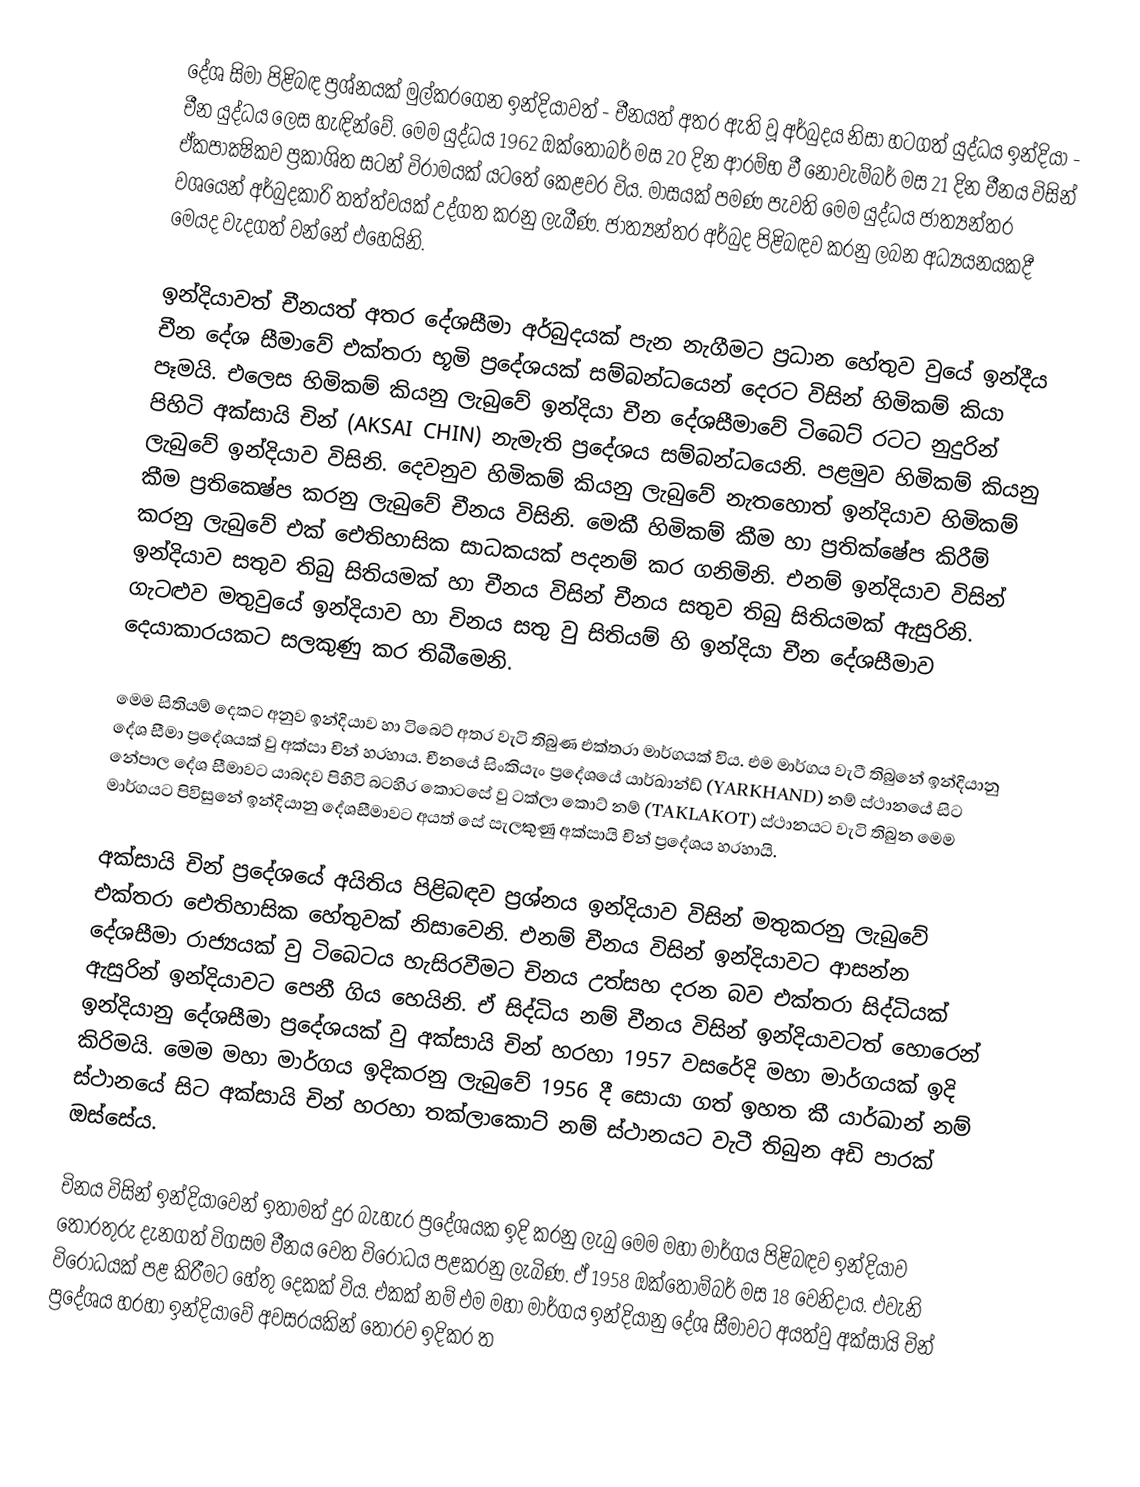
දේශ සිමා පිළිබඳ ප්‍රශ්නයක් මුල්කරගෙන ඉන්දියාවත් - චීනයත් අතර ඇති වූ අර්බුදය නිසා හටගත් යුද්ධය ඉන්දියා - චීන යුද්ධය ලෙස හැඳින්වේ. මෙම යුද්ධය 1962 ඔක්තෝබර් මස 20 දින ආරම්භ වී නොවැම්බර් මස 21 දින චීනය විසින් ඒකපාක්‍ෂිකව ප්‍රකාශිත සටන් විරාමයක් යටතේ කෙළවර විය. මාසයක් පමණ පැවති මෙම යුද්ධය ජාත්‍යන්තර වශයෙන් අර්බුදකාරි තත්ත්වයක් උද්ගත කරනු ලැබීණ. ජාත්‍යන්තර අර්බුද පිළිබඳව කරනු ලබන අධ්‍යයනයකදී මෙයද වැදගත් වන්නේ එහෙයිනි.

ඉන්දියාවත් චීනයත් අතර දේශසීමා අර්බුදයක් පැන නැගීමට ප්‍රධාන හේතුව වුයේ ඉන්දීය චීන දේශ සීමාවේ එක්තරා භූමි ප්‍රදේශයක් සම්බන්ධයෙන් දෙරට විසින් හිමිකම් කියා පෑමයි. එලෙස හිමිකම් කියනු ලැබුවේ ඉන්දියා චීන දේශසීමාවේ ටිබෙට් රටට නුදුරින් පිහිටි අක්සායි චින් (AKSAI CHIN) නැමැති ප්‍රදේශය සම්බන්ධයෙනි. පළමුව හිමිකම් කියනු ලැබුවේ ඉන්දියාව විසිනි. දෙවනුව හිමිකම් කියනු ලැබුවේ නැතහොත් ඉන්දියාව හිමිකම් කීම ප්‍රතික‍්ෂේප කරනු ලැබුවේ චීනය විසිනි. මෙකී හිමිකම් කීම හා ප්‍රතික්ෂේප කිරීම් කරනු ලැබුවේ එක් ඓතිහාසික සාධකයක් පදනම් කර ගනිමිනි. එනම් ඉන්දියාව විසින් ඉන්දියාව සතුව තිබු සිතියමක් හා චීනය විසින් චීනය සතුව තිබු සිතියමක් ඇසුරිනි. ගැටළුව මතුවුයේ ඉන්දියාව හා චිනය සතු වු සිතියම් හි ඉන්දියා චීන දේශසීමාව දෙයාකාරයකට සලකුණු කර තිබීමෙනි.

මෙම සිතියම් දෙකට අනුව ඉන්දියාව හා ටිබෙට් අතර වැටි තිබුණ එක්තරා මාර්ගයක් විය. එම මාර්ගය වැටී තිබුනේ ඉන්දියානු දේශ සීමා ප්‍රදේශයක් වු අක්සා චින් හරහාය. චීනයේ සිංකියැං ප්‍රදේශයේ යාර්ඛාන්ඩ් (YARKHAND) නම් ස්ථානයේ සිට නේපාල දේශ සීමාවට යාබදව පිහිටි බටහිර කොටසේ වු ටක්ලා කොට් නම් (TAKLAKOT) ස්ථානයට වැටි තිබුන මෙම මාර්ගයට පිවිසුනේ ඉන්දියානු දේශසීමාවට අයත් සේ සැලකුණු අක්සායි චින් ප්‍රදේශය හරහායි.

අක්සායි චින් ප්‍රදේශයේ අයිතිය පිළිබඳව ප්‍රශ්නය ඉන්දියාව විසින් මතුකරනු ලැබුවේ එක්තරා ඓතිහාසික හේතුවක් නිසාවෙනි. එනම් චීනය විසින් ඉන්දියාවට ආසන්න දේශසීමා රාජ්‍යයක් වු ටිබෙටය හැසිරවීමට චිනය උත්සහ දරන බව එක්තරා සිද්ධියක් ඇසුරින් ඉන්දියාවට පෙනී ගිය හෙයිනි. ඒ සිද්ධිය නම් චීනය විසින් ඉන්දියාවටත් හොරෙන් ඉන්දියානු දේශසීමා ප්‍රදේශයක් වු අක්සායි චින් හරහා 1957 වසරේදි මහා මාර්ගයක් ඉදි කිරිමයි. මෙම මහා මාර්ගය ඉදිකරනු ලැබුවේ 1956 දී සොයා ගත් ඉහත කී යාර්ඛාන් නම් ස්ථානයේ සිට අක්සායි චින් හරහා තක්ලාකොට් නම් ස්ථානයට වැටී තිබුන අඩි පාරක් ඔස්සේය.

චිනය විසින් ඉන්දියාවෙන් ඉතාමත් දුර බැහැර ප්‍රදේශයක ඉදි කරනු ලැබු මෙම මහා මාර්ගය පිළිබඳව ඉන්දියාව තොරතුරු දැනගත් විගසම චීනය වෙත විරෝධය පළකරනු ලැබිණ. ඒ 1958 ඔක්තොම්බර් මස 18 වෙනිදාය. එවැනි විරෝධයක් පළ කිරීමට හේතු දෙකක් විය. එකක් නම් එම මහා මාර්ගය ඉන්දියානු දේශ සීමාවට අයත්වු අක්සායි චින් ප්‍රදේශය හරහා ඉන්දියාවේ අවසරයකින් තොරව ඉදිකර ත